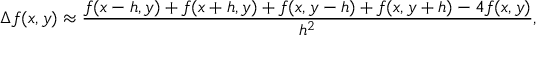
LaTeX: \Delta f ( x , y ) \approx { \frac { f ( x - h , y ) + f ( x + h , y ) + f ( x , y - h ) + f ( x , y + h ) - 4 f ( x , y ) } { h ^ { 2 } } } ,